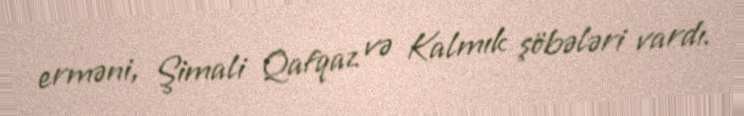
erməni, Şimali Qafqaz və Kalmık şöbələri vardı.